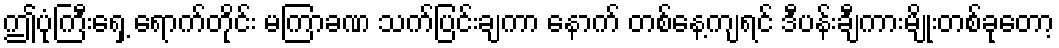
ဤပုံကြီးရှေ့ ရောက်တိုင်း မကြာခဏ သက်ပြင်းချကာ နောက် တစ်နေ့ကျရင် ဒီပန်းချီကားမျိုးတစ်ခုတော့